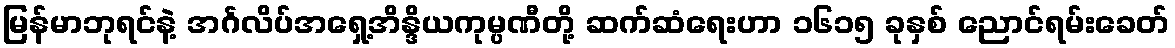
မြန်မာဘုရင်နဲ့ အင်္ဂလိပ်အရှေ့အိန္ဒိယကုမ္ပဏီတို့ ဆက်ဆံရေးဟာ ၁၆၁၅ ခုနှစ် ညောင်ရမ်းခေတ်